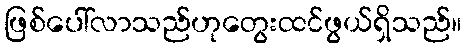
ဖြစ်ပေါ်လာသည်ဟုတွေးထင်ဖွယ်ရှိသည်။